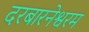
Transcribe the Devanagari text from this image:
दरबारनेश्वरम